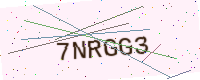
Text: 7NRGG3